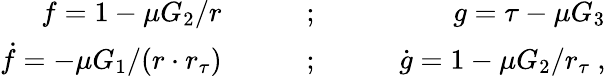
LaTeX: \begin{array}{rlr}{f=1-\mu G_{2}/r\qquad}&{{};}&{\qquad g=\tau-\mu G_{3}}\\ {\dot{f}=-\mu G_{1}/(r\cdot r_{\tau})\qquad}&{{};}&{\qquad\dot{g}=1-\mu G_{2}/r_{\tau}\ ,}\end{array}